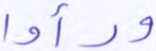
ورأوا